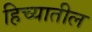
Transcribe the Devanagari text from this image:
हिच्यातील